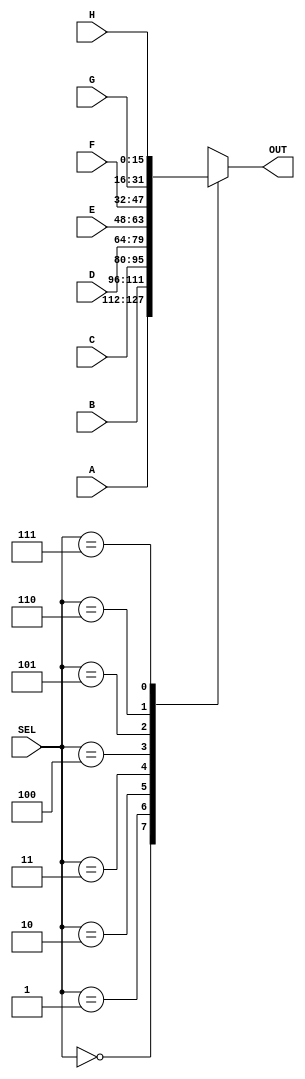
module EightToOneMux 
#(parameter SIZE = 16)
( 
input[2 : 0] SEL, 
input [ SIZE - 1 : 0 ] A, B, C, D, E, F, G, H,
output reg [ SIZE -1 : 0 ] OUT
);

always@(*)
begin 
	case(SEL)
		3'b000 : OUT = A;
		3'b001 : OUT = B;
		3'b010 : OUT = C;
		3'b011 : OUT = D;
		3'b100 : OUT = E;
		3'b101 : OUT = F;
		3'b110 : OUT = G;
		3'b111 : OUT = H;
	endcase
	//$display("Eight To One Mux Address %h", OUT);
end 
endmodule